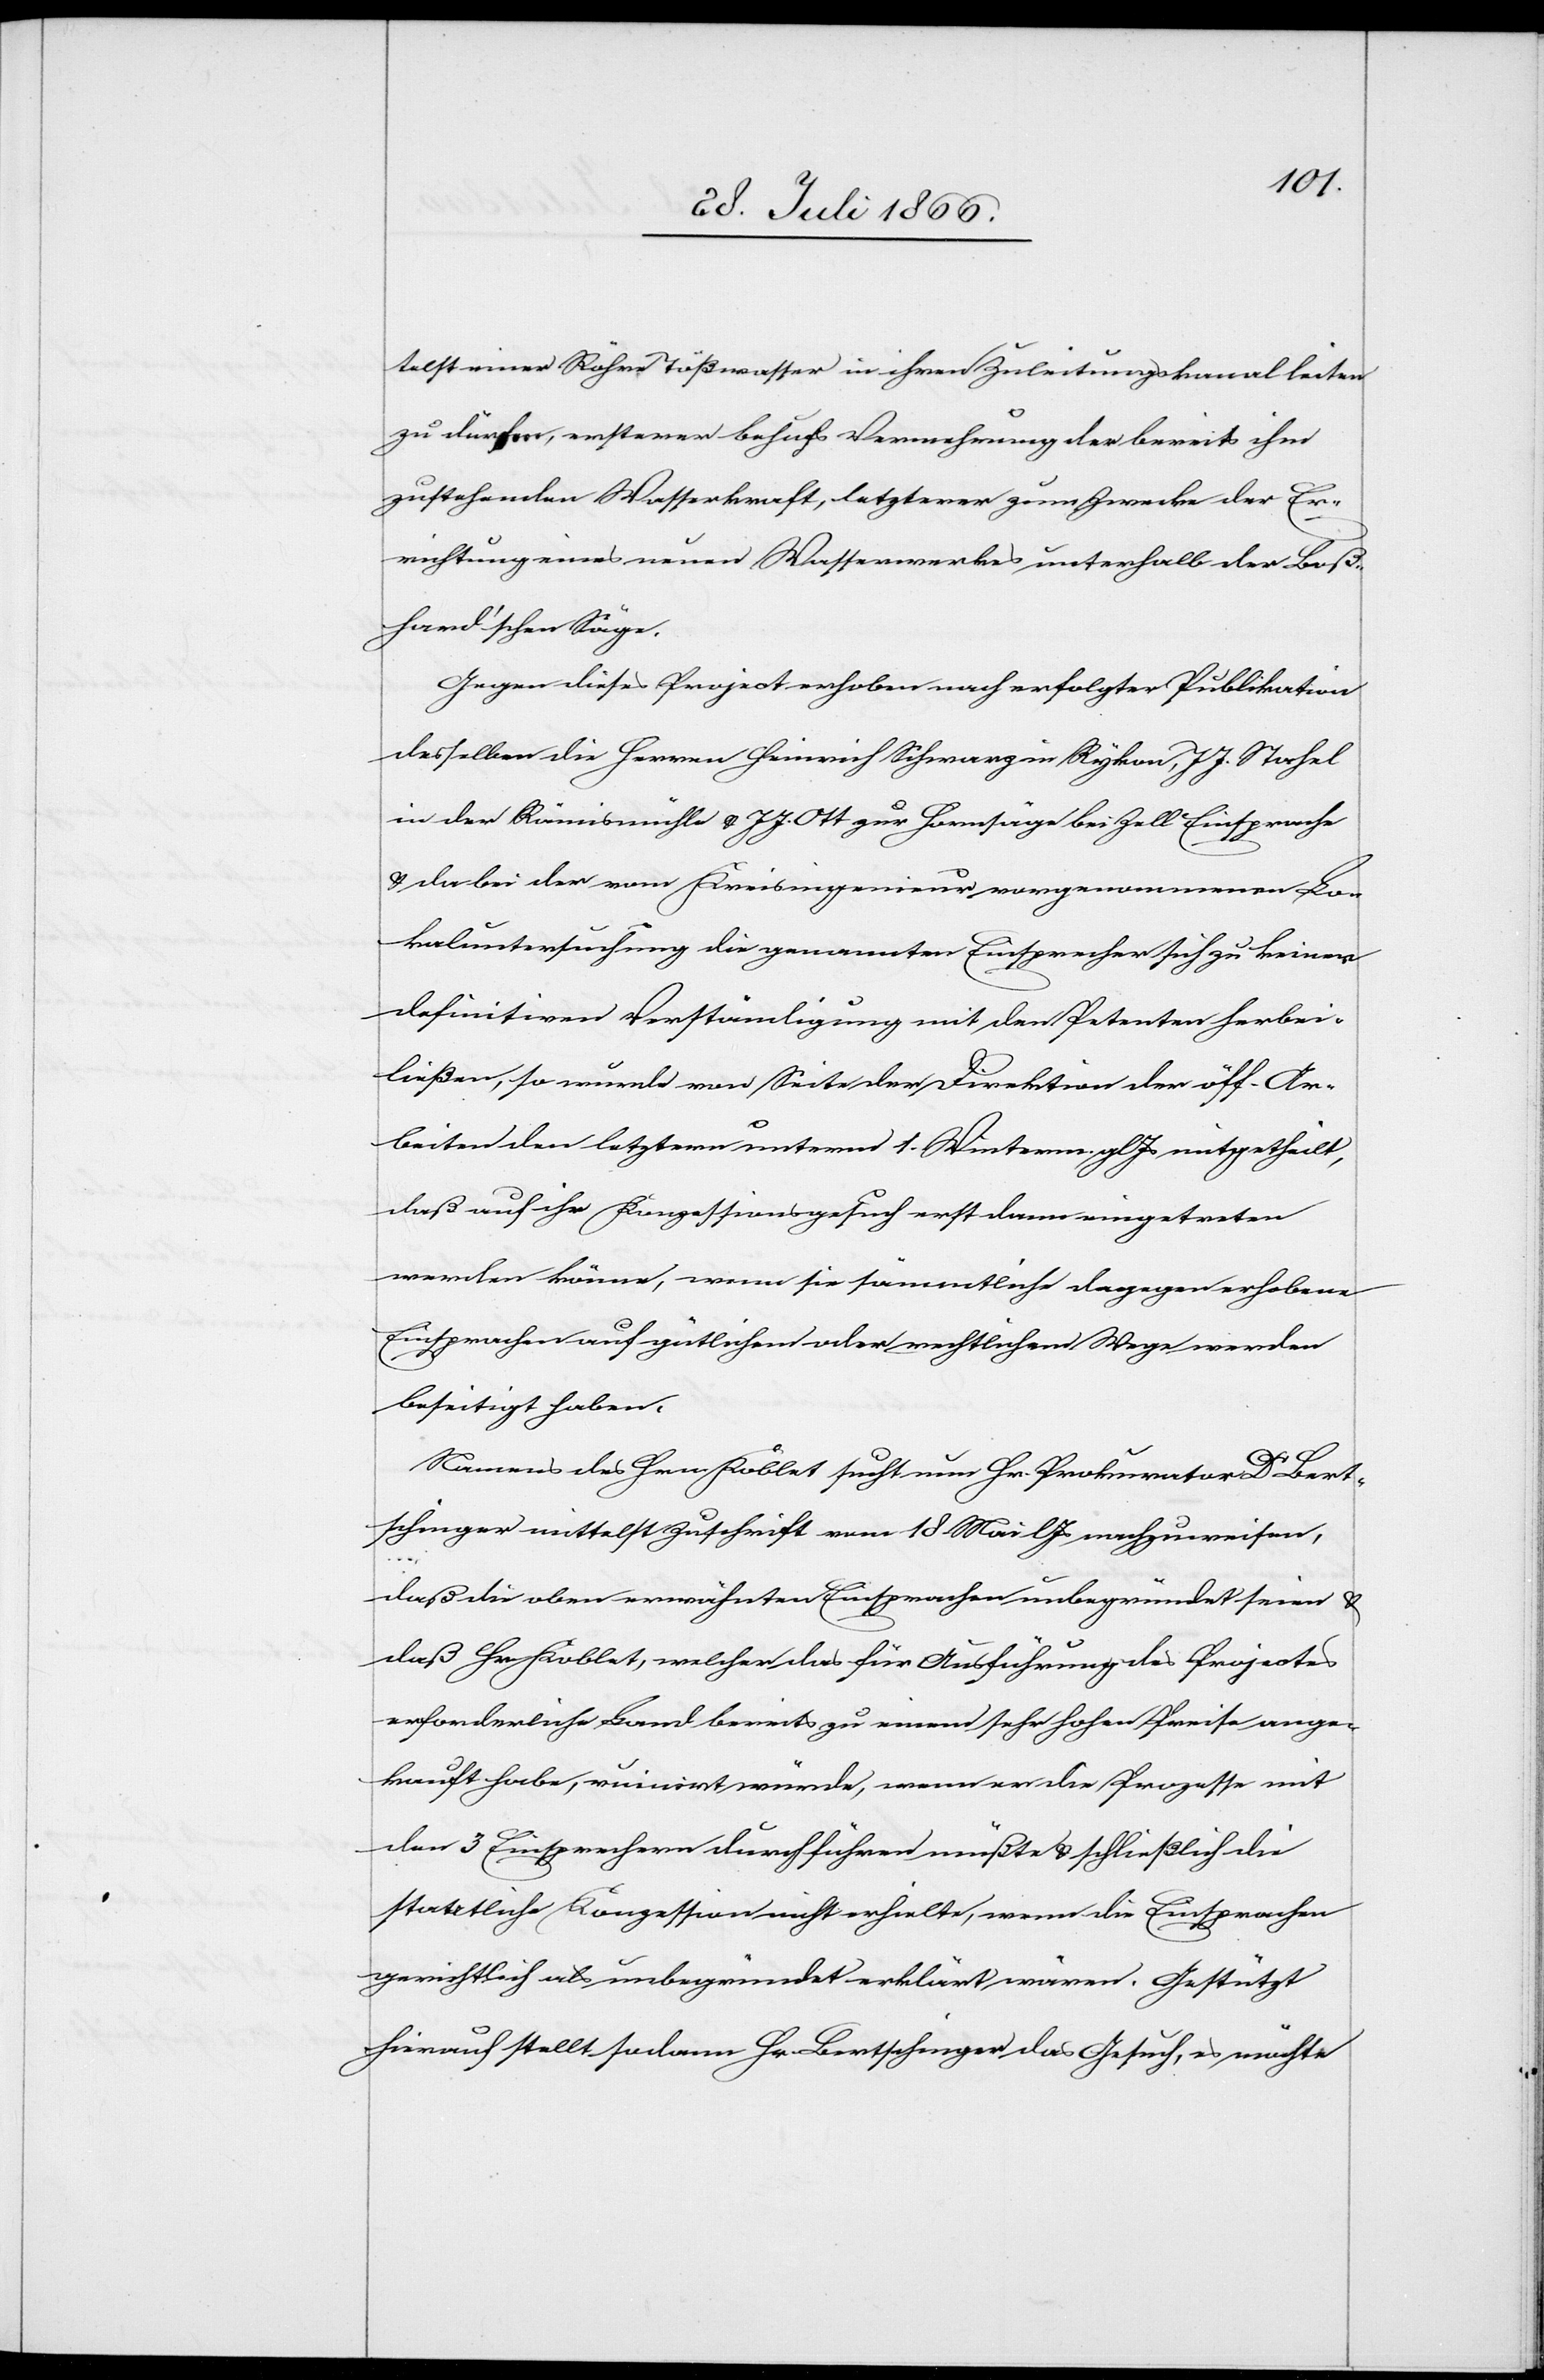
telst einer Röhre Tößwasser in ihren Zuleitungskanal leiten
zu dürfen, ersterer behufs Vermehrung der bereits ihm
zustehenden Wasserkraft, letzterer zum Zwecke der Er¬
richtung eines neuen Wasserwerkes unterhalb der Boß¬
hard’schen Säge.
Gegen dieses Project erhoben nach erfolgter Publikation
desselben die Herren Heinrich Schwarz in Rykon, J J. Stahel
in der Rämismühle u. J. J. Ott zur Hornsäge bei Zell Einsprache
u. da bei der vom Kreisingenieur vorgenommenen Lo¬
kaluntersuchung die genannten Einsprecher sich zu keiner
definitiven Verständigung mit den Petenten herbei¬
ließen, so wurde von Seite der Direktion der öff. Ar¬
beiten den letztern unterm 1. Winterm. gl Js. mitgetheilt,
daß auf ihr Konzessionsgesuch erst dann eingetreten
werden könne, wenn sie sämmtliche dagegen erhobenen
Einsprachen auf gütlichem oder rechtlichem Wege werden
beseitigt haben.
Namens des Hrn Koblet sucht nun Hr. Prokurator Dr. Bert¬
schinger mittelst Zuschrift vom 18. Mai l Js nachzuweisen,
daß die oben erwähnten Einsprachen unbegründet seien u.
daß Hr. Koblet, welcher das für Ausführung des Projects
erforderliche Land bereits zu einem sehr hohen Preise ange¬
kauft habe, ruinirt würde, wenn er die Prozesse mit
den 3 Einsprechern durchführen müßte u. schließlich die
staatliche Konzession nicht erhielte, wenn die Einsprachen
gerichtlich als unbegründet erklärt wären. Gestützt
hierauf stellt sodann Hr. Bertschinger das Gesuch, es möchte